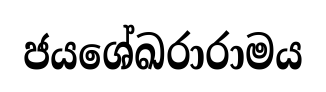
ජයශේඛරාරාමය